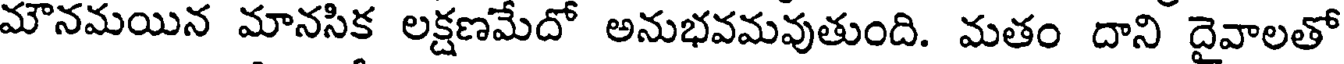
మౌనమయిన మానసిక లక్షణమేదో అనుభవమవుతుంది. మతం దాని దైవాలతో